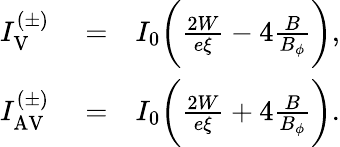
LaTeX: \begin{array}{rlr}{I_{\mathrm{V}}^{(\pm)}}&{{}=}&{I_{0}\biggl(\frac{2W}{e\xi}-4\frac{B}{B_{\phi}}\biggr),}\\ {I_{\mathrm{AV}}^{(\pm)}}&{{}=}&{I_{0}\biggl(\frac{2W}{e\xi}+4\frac{B}{B_{\phi}}\biggr).}\end{array}